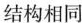
结构相同